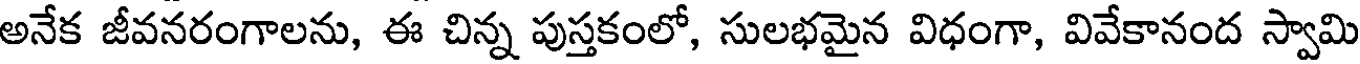
అనేక జీవనరంగాలను, ఈ చిన్న పుస్తకంలో, సులభమైన విధంగా, వివేకానంద స్వామి